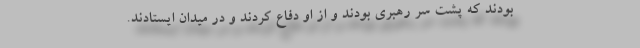
بودند که پشت سر رهبری بودند و از او دفاع کردند و در میدان ایستادند.